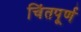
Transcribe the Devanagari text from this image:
चिंतपूर्ण